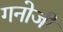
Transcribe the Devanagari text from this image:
गनोजी